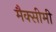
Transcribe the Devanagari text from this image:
मैक्सीमी